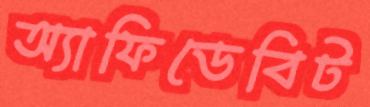
অ্যাফিডেবিট